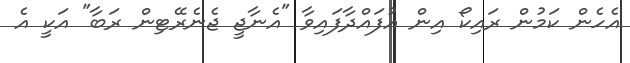
އެހެން ކަމުން ރައިކޯ އިން އުފައްދާފައިވާ "އެނާޖީ ޖެނެރޭޓިން ރަބާ" އަކީ އެ